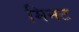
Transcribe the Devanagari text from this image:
मिनट